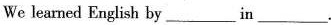
We learned English by___in___.